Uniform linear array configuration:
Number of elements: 8
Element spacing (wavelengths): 0.25
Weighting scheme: exponential
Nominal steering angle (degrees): -30
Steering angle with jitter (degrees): -28.006
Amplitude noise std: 0.05
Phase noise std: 0.05

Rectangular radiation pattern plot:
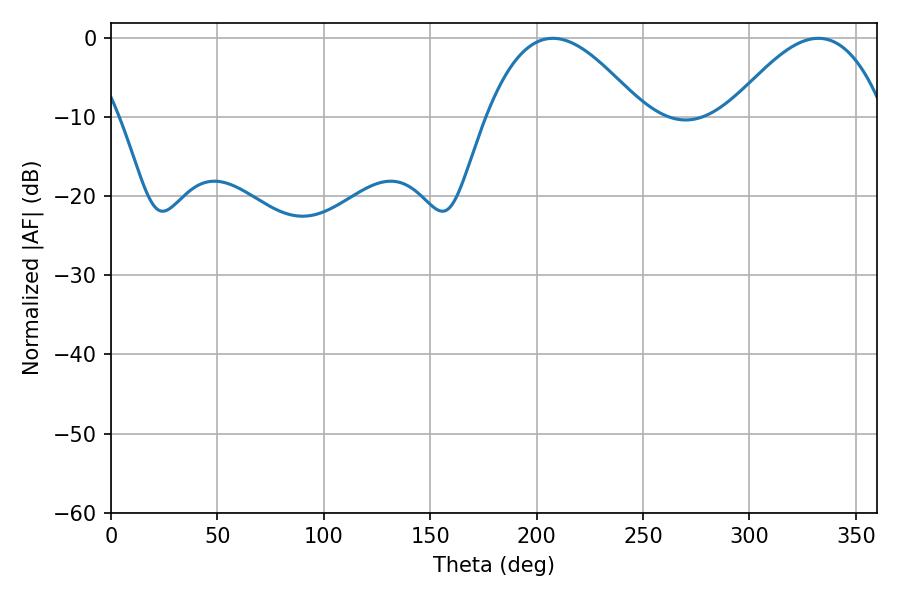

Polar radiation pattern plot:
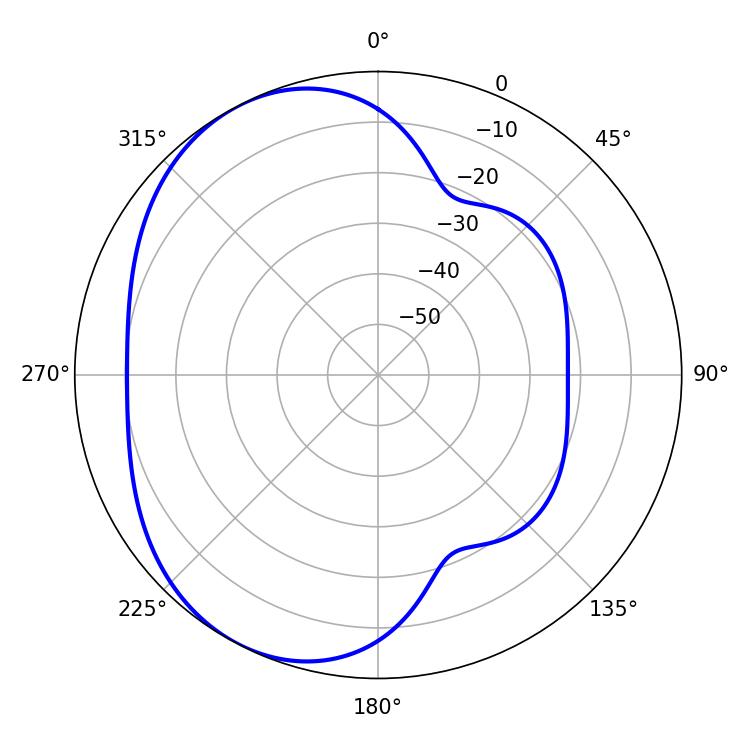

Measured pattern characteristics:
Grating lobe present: FALSE
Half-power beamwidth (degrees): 39.96
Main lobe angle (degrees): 207.54